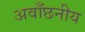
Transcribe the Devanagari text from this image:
अवाँछनीय